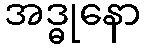
အဒ္ဓုနော